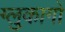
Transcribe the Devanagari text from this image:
ग्लुकागों